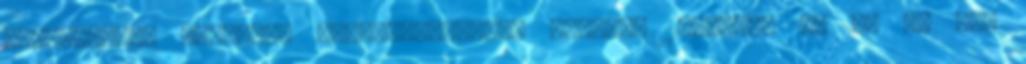
korszakról, amelyben tevékenykedett. Bécsben 1840-ben az I. és II.